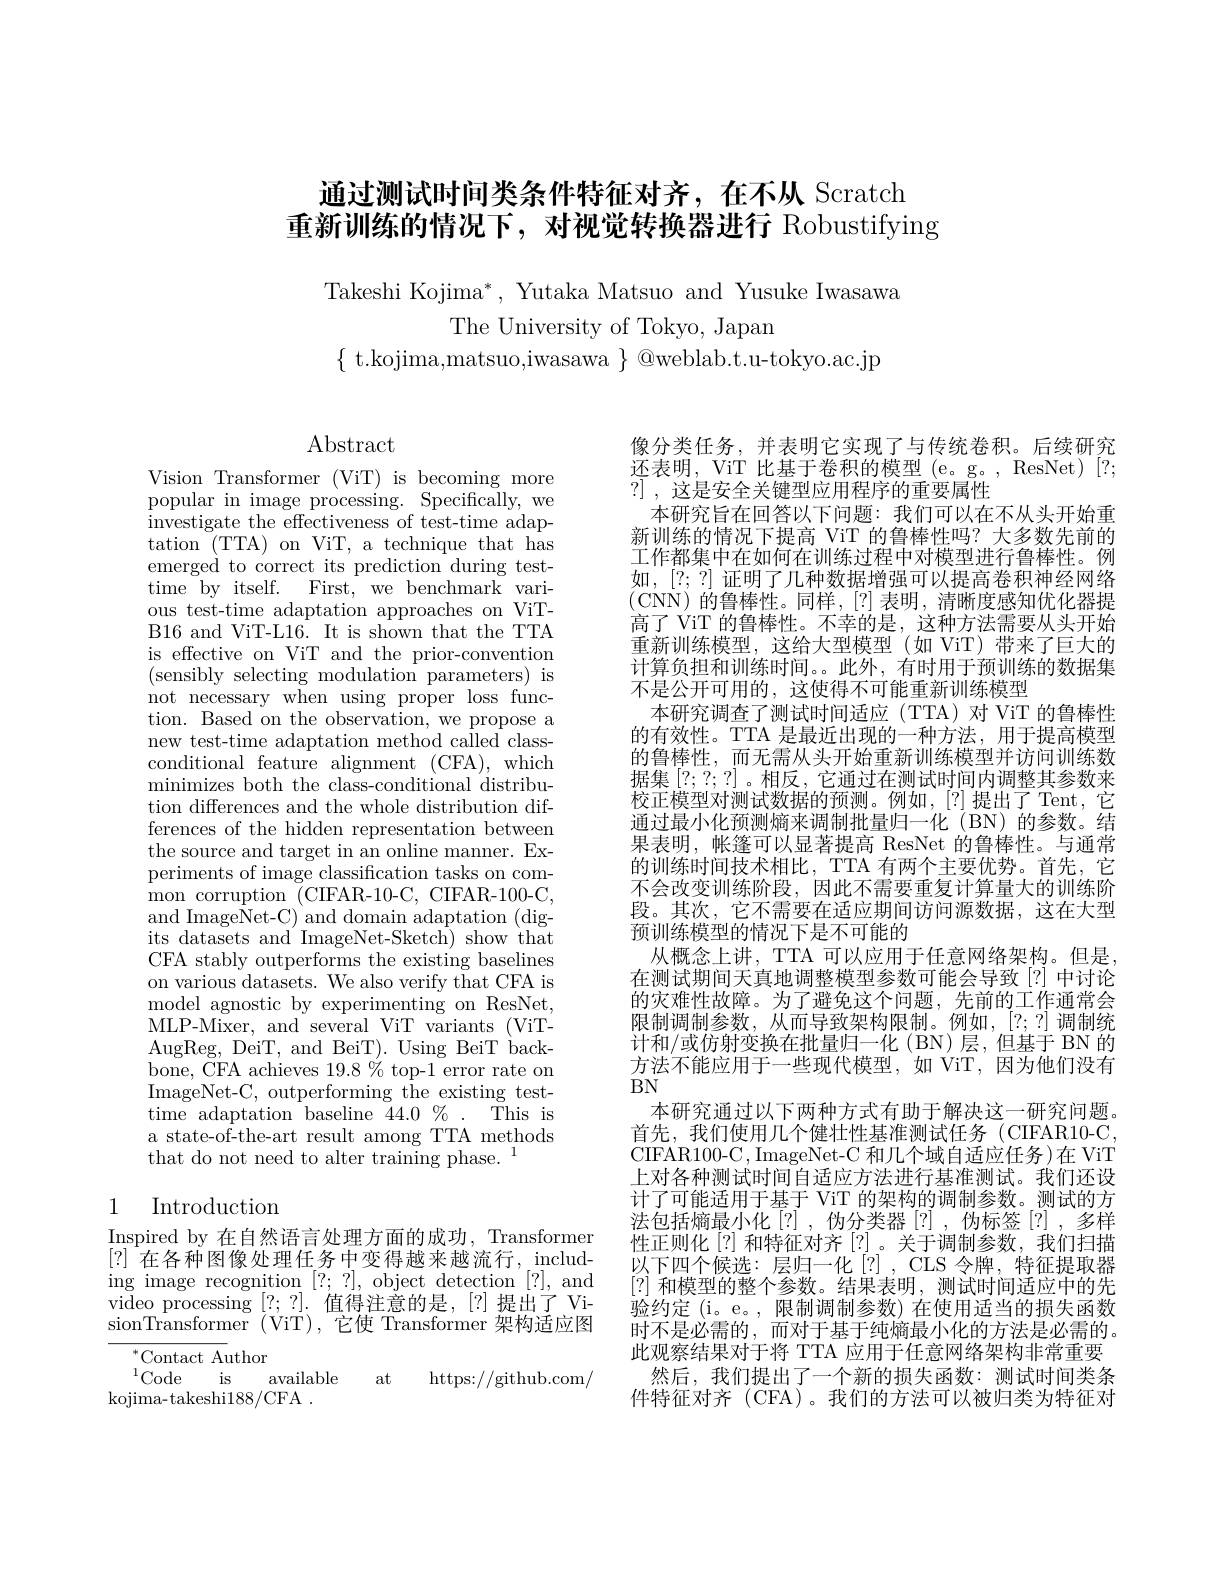
# 通过测试时间类条件特征对齐，在不从 Scratch 重新训练的情况下，对视觉转换器进行 Robustifying

Takeshi Kojima*, Yutaka Matsuo and Yusuke Iwasawa
The University of Tokyo, Japan
$\{$ t.kojima,matsuo,iwasawa $\}$ @weblab.t.u-tokyo.ac.jp

Abstract

Vision Transformer (ViT) is becoming more popular in image processing. Specifically, we investigate the effectiveness of test-time adaptation ( TTA) on ViT, a technique that has emerged to correct its prediction during testtime by itself. First, we benchmark various test-time adaptation approaches on ViTB16 and ViT-L16. It is shown that the TTA is effective on ViT and the prior-convention (sensibly selecting modulation parameters) is not necessary when using proper loss function. Based on the observation, we propose a new test-time adaptation method called classconditional feature alignment (CFA),which minimizes both the class-conditional distribution differences and the whole distribution differences of the hidden representation between the source and target in an online manner. Experiments of image classification tasks on common corruption (CIFAR-10-C, CIFAR-100-C, and ImageNet-C) and domain adaptation (digits datasets and ImageNet-Sketch) show that CFA stably outperforms the existing baselines on various datasets. We also verify that CFA is model agnostic by experimenting on ResNet, MLP-Mixer, and several ViT variants (ViTAugReg, DeiT, and BeiT). Using BeiT back- $\bar{\mathrm{bone,~}}$CFA achieves $19.8\%$ top-1 error rate on ImageNet-C, outperforming the existing testtime adaptation $^{\mathrm{~}}$baseline $44. 0\% .$ This is a state-of-the-art result among TTA methods that do not need to alter training phase. 1

# 1 Introduction

Inspired by 在自然语言处理方面的成功，Transformer [?]在各种图像处理任务中变得越来越流行，including image recognition [?;?], object detection [?], and video processing [?;?].值得注意的是，[?]提出了 Vi- $\dot{\text{sionTransformer(ViT),它使 Transformer 架构适应图}}$
$^{*}$Contact Author

$^{1}$Code is
available
at
https: / / github. com/
kojima- takeshi188/CFA.

像分类任务，并表明它实现了与传统卷积。后续研究还表明，ViT 比基于卷积的模型 (e。g。, ResNet) [?; ?],这是安全关键型应用程序的重要属性
本研究旨在回答以下问题：我们可以在不从头开始重新训练的情况下提高 ViT 的鲁棒性吗？大多数先前的工作都集中在如何在训练过程中对模型进行鲁棒性。例如，[?;?] 证明了几种数据增强可以提高卷积神经网络(CNN)的鲁棒性。同样，[?]表明，清晰度感知优化器提高了 ViT 的鲁棒性。不幸的是，这种方法需要从头开始重新训练模型，这给大型模型(如 ViT)带来了巨大的计算负担和训练时间。。此外，有时用于预训练的数据集不是公开可用的，这使得不可能重新训练模型
本研究调查了测试时间适应(TTA)对 ViT 的鲁棒性的有效性。TTA 是最近出现的一种方法，用于提高模型的鲁棒性，而无需从头开始重新训练模型并访问训练数据集[?;?;?] 。相反，它通过在测试时间内调整其参数来校正模型对测试数据的预测。例如，[?]提出了Tent，它通过最小化预测熵来调制批量归一化 (BN)的参数。结果表明，帐篷可以显著提高 ResNet 的鲁棒性。与通常的训练时间技术相比，TTA 有两个主要优势。首先，它不会改变训练阶段，因此不需要重复计算量大的训练阶段。其次，它不需要在适应期间访问源数据，这在大型预训练模型的情况下是不可能的
从概念上讲，TTA 可以应用于任意网络架构。但是在测试期间天真地调整模型参数可能会导致[?]中讨论的灾难性故障。为了避免这个问题，先前的工作通常会限制调制参数，从而导致架构限制。例如，[?;?]调制统计和/或仿射变换在批量归一化(BN)层，但基于 BN 的方法不能应用于一些现代模型，如 ViT,因为他们没有$BN$
本研究通过以下两种方式有助于解决这一研究问题。首先，我们使用几个健壮性基准测试任务(CIFAR10-C, CIFAR100-C, ImageNet-C 和几个域自适应任务)在 ViT 上对各种测试时间自适应方法进行基准测试。我们还设计了可能适用于基于 ViT 的架构的调制参数。测试的方法包括熵最小化[?],伪分类器[?],伪标签[?],多样性正则化[?] 和特征对齐 [?]。关于调制参数，我们扫描以下四个候选：层归一化[?],CLS 令牌，特征提取器[?]和模型的整个参数。结果表明，测试时间适应中的先验约定 (i。e。, 限制调制参数) 在使用适当的损失函数时不是必需的，而对于基于纯熵最小化的方法是必需的。此观察结果对于将 TTA 应用于任意网络架构非常重要
然后，我们提出了一个新的损失函数：测试时间类条件特征对齐 (CFA)。我们的方法可以被归类为特征对